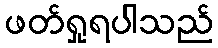
ဖတ်ရှုရပါသည်